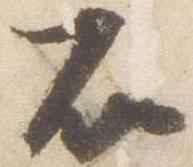
石